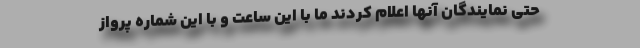
حتی نمایندگان آنها اعلام کردند ما با این ساعت و با این شماره پرواز